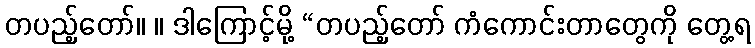
တပည့်တော်။ ။ ဒါကြောင့်မို့ “တပည့်တော် ကံကောင်းတာတွေကို တွေ့ရ